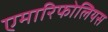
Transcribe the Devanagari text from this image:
एमारिफोलियस